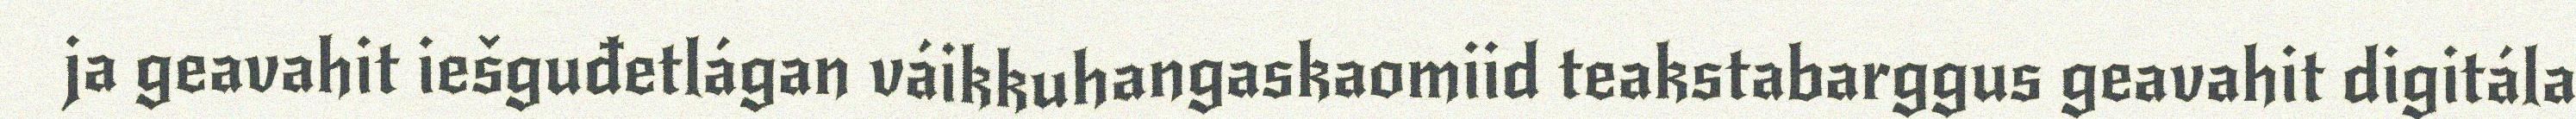
ja geavahit iešguđetlágan váikkuhangaskaomiid teakstabarggus geavahit digitála